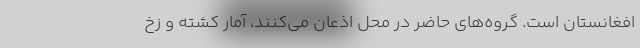
افغانستان است. گروه‌های حاضر در محل اذعان می‌کنند، آمار کشته و زخ